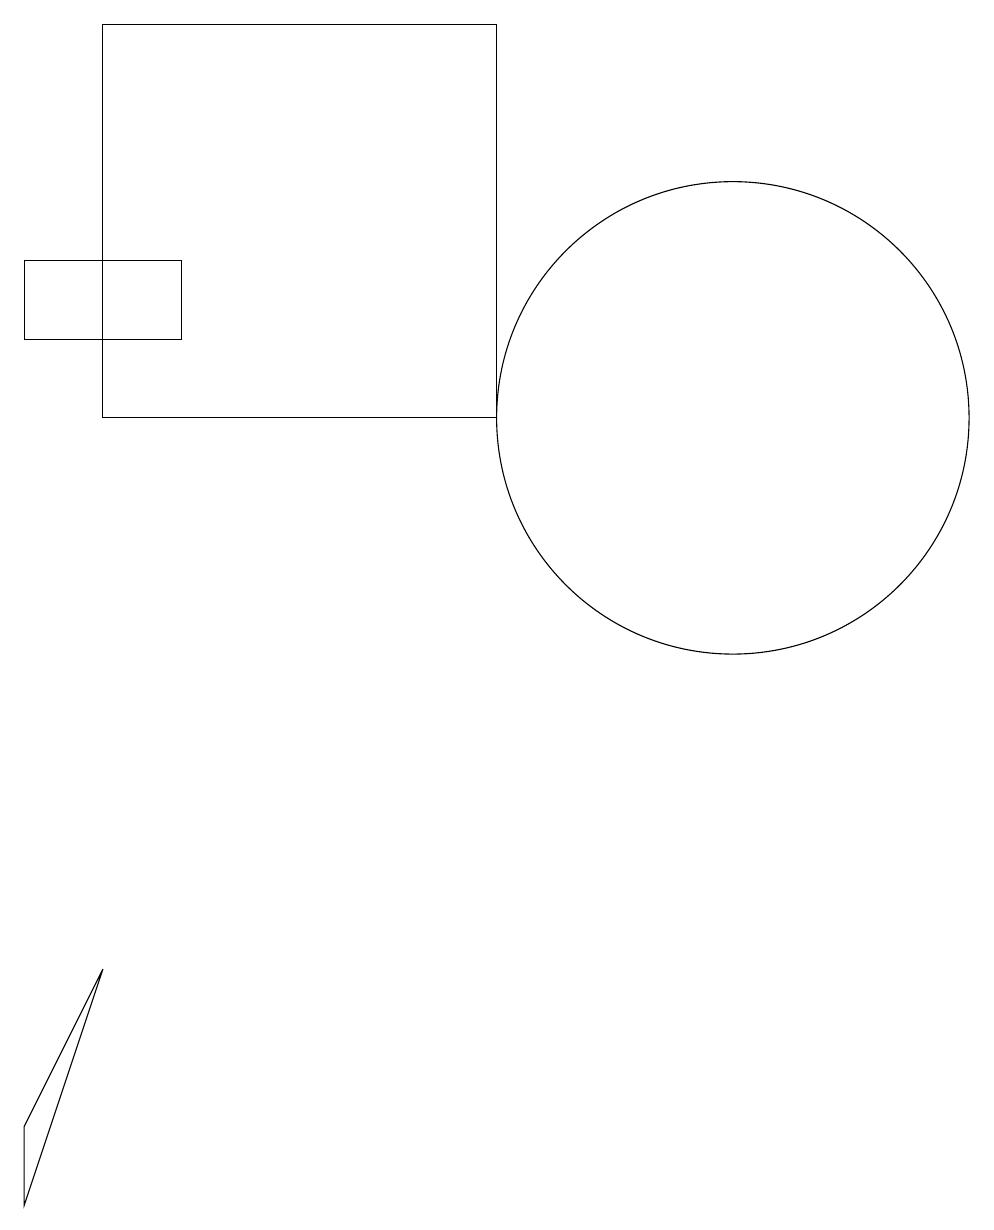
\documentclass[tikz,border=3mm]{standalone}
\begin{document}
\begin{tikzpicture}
\draw (7,15) rectangle (2,10);
\draw (1,11) rectangle (3,12);
\draw (2,3) -- (1,1) -- (1,0) -- cycle;
\draw (10,10) circle (3);
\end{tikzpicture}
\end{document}